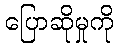
ပြောဆိုမှုကို